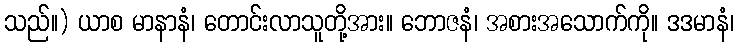
သည်။) ယာစ မာနာနံ၊ တောင်းလာသူတို့အား။ ဘောဇနံ၊ အစားအသောက်ကို။ ဒဒမာနံ၊